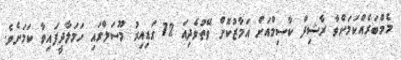
މެމްބަރެއްކަމަށްވާ ރާޝިދް ކާސިމްއަށް އަމާޒުކޮށް ވޭތުވެދިއަ 72 ގަޑިއިރު މޫސަލްގައި ހަމަލާދީފައިވާ ކަމަށެވެ.